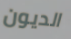
الديون